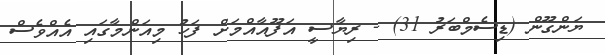
ޔަންގޫން (ޑިސެމްބަރު 31) - ރިޔާސީ އަފޫއާއްމަށް ފަހު މިއަންމާގައި އެއްވެސް